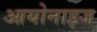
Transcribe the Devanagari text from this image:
आयोनाइज